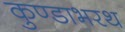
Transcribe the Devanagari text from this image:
कुण्डाभरथ